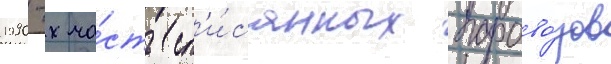
1990-х ча́сть сп'и́санных парово́зов